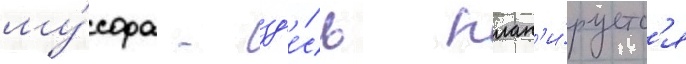
му́сора - зд'е́сь план'и́руетс'я